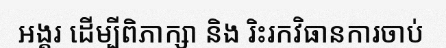
អង្គរ ដើម្បីពិភាក្សា និង រិះរកវិធានការចាប់